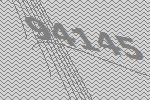
94145